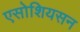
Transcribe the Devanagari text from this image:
एसोशियसन